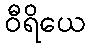
ဝီရိယေ